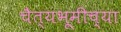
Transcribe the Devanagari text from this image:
चैत्यभूमीच्या